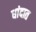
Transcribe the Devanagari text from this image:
धांदात